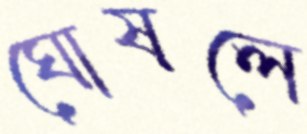
ঘোষলে